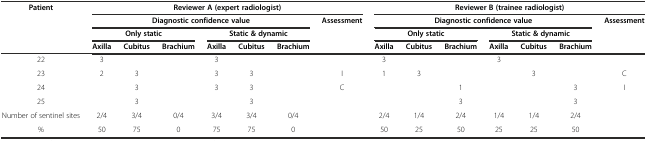
<table><thead><tr><td><b>Patient</b></td><td colspan="7"><b>Reviewer A (expert radiologist)</b></td><td colspan="7"><b>Reviewer B (trainee radiologist)</b></td></tr><tr><td></td><td colspan="6"><b>Diagnostic confidence value</b></td><td><b>Assessment</b></td><td colspan="6"><b>Diagnostic confidence value</b></td><td><b>Assessment</b></td></tr><tr><td></td><td colspan="3"><b>Only static</b></td><td colspan="3"><b>Static &amp; dynamic</b></td><td></td><td colspan="3"><b>Only static</b></td><td colspan="3"><b>Static &amp; dynamic</b></td><td></td></tr><tr><td></td><td><b>Axilla</b></td><td><b>Cubitus</b></td><td><b>Brachium</b></td><td><b>Axilla</b></td><td><b>Cubitus</b></td><td><b>Brachium</b></td><td></td><td><b>Axilla</b></td><td><b>Cubitus</b></td><td><b>Brachium</b></td><td><b>Axilla</b></td><td><b>Cubitus</b></td><td><b>Brachium</b></td><td></td></tr></thead><tbody><tr><td>22</td><td>3</td><td></td><td></td><td>3</td><td></td><td></td><td></td><td>3</td><td></td><td></td><td>3</td><td></td><td></td><td></td></tr><tr><td>23</td><td>2</td><td>3</td><td></td><td>3</td><td>3</td><td></td><td>I</td><td>1</td><td>3</td><td></td><td></td><td>3</td><td></td><td>C</td></tr><tr><td>24</td><td></td><td>3</td><td></td><td>3</td><td>3</td><td></td><td>C</td><td></td><td></td><td>1</td><td></td><td></td><td>3</td><td>I</td></tr><tr><td>25</td><td></td><td>3</td><td></td><td></td><td>3</td><td></td><td></td><td></td><td></td><td>3</td><td></td><td></td><td>3</td><td></td></tr><tr><td>Number of sentinel sites</td><td>2/4</td><td>3/4</td><td>0/4</td><td>3/4</td><td>3/4</td><td>0/4</td><td></td><td>2/4</td><td>1/4</td><td>2/4</td><td>1/4</td><td>1/4</td><td>2/4</td><td></td></tr><tr><td>%</td><td>50</td><td>75</td><td>0</td><td>75</td><td>75</td><td>0</td><td></td><td>50</td><td>25</td><td>50</td><td>25</td><td>25</td><td>50</td><td></td></tr></tbody></table>